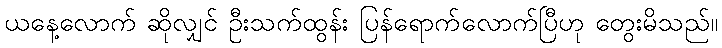
ယနေ့လောက် ဆိုလျှင် ဦးသက်ထွန်း ပြန်ရောက်လောက်ပြီဟု တွေးမိသည်။